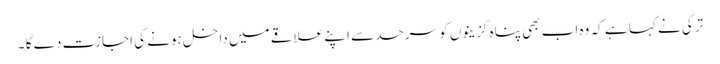
ترکی نے کہا ہے کہ وہ اب بھی پناہ گزینوں کو سرحد سے اپنے علاقے میں داخل ہونے کی اجازت دے گا ۔